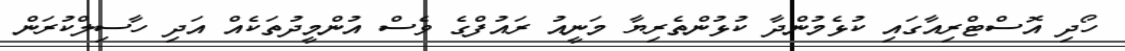
ހޯދި އޮސްޓްރިއާގައި ކުޅެމުންދާ ކުޅުންތެރިޔާ މަނީއު ރައުފްގެ ވެސް އުންމީދުތަކެއް އަދި ހާސިލްކުރަން